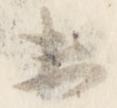
未